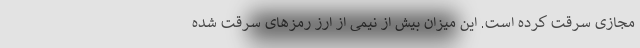
مجازی سرقت کرده است. این میزان بیش از نیمی از ارز رمزهای سرقت شده